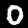
Digit: 0